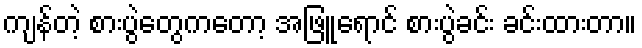
ကျန်တဲ့ စားပွဲတွေကတော့ အဖြူရောင် စားပွဲခင်း ခင်းထားတာ။